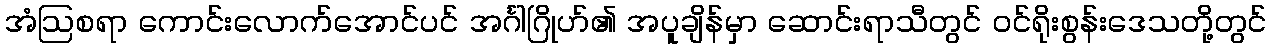
အံဩစရာ ကောင်းလောက်အောင်ပင် အင်္ဂါဂြိုဟ်၏ အပူချိန်မှာ ဆောင်းရာသီတွင် ဝင်ရိုးစွန်းဒေသတို့တွင်